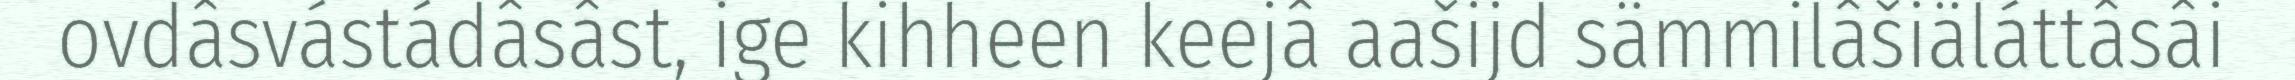
ovdâsvástádâsâst, ige kihheen keejâ aašijd sämmilâšiäláttâsâi